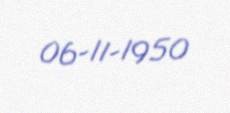
06-11-1950